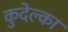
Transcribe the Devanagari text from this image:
कुदेल्का